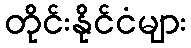
တိုင်းနိုင်ငံများ